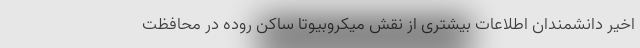
اخیر دانشمندان اطلاعات بیشتری از نقش میکروبیوتا ساکن روده در محافظت